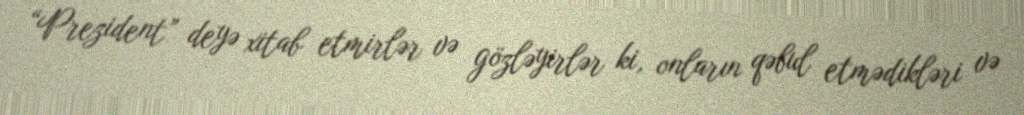
“Prezident” deyə xitab etmirlər və gözləyirlər ki, onların qəbul etmədikləri və